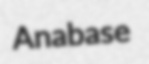
Anabase